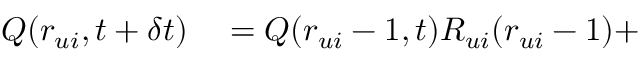
\begin{array} { r l } { Q ( r _ { u i } , t + \delta t ) } & { { } = Q ( r _ { u i } - 1 , t ) R _ { u i } ( r _ { u i } - 1 ) + } \end{array}